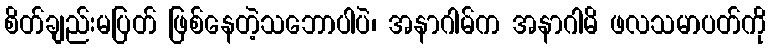
စိတ်ချည်းမပြတ် ဖြစ်နေတဲ့သဘောပါပဲ၊ အနာဂါမ်က အနာဂါမိ ဖလသမာပတ်ကို